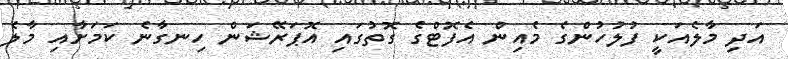
އަދި މާލެއަކީ ފުލުހުންގެ މެއިން އެފޮޓްގެ ގޮތުގައި އޮޕަރޭޝަން ހިނގާނެ ކަމަށާއި މާލެ